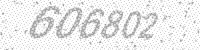
Solution: 606802